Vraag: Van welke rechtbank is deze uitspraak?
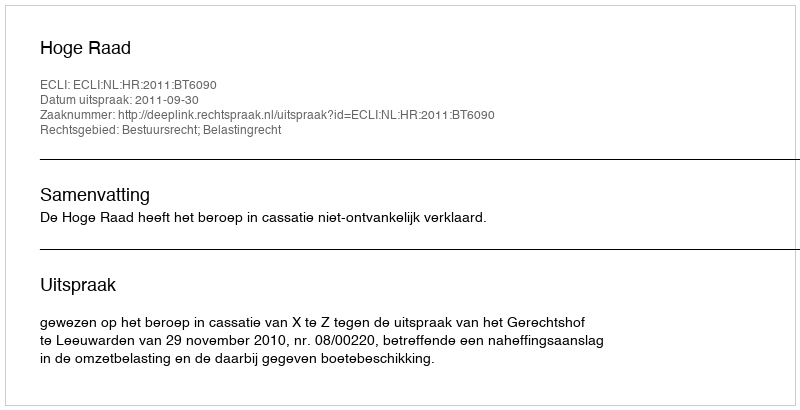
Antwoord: Hoge Raad